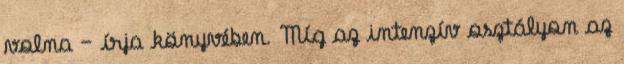
volna – írja könyvében. Míg az intenzív osztályon az